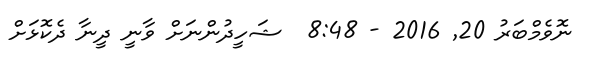
ނޮވެމްބަރު 20